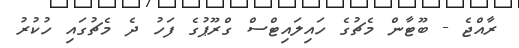
ރާއްޖެ - ބޫޓާން މެޗުގެ ހައިލައިޓްސް ގްރޫޕުގެ ފަހު ދެ މެޗުގައި ހުކުރު